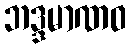
ဘဒ္ဒမာဏဝ